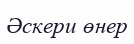
Әскери өнер